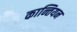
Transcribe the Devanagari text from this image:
कान्तियन